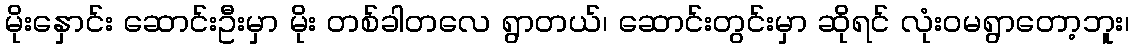
မိုးနှောင်း ဆောင်းဦးမှာ မိုး တစ်ခါတလေ ရွာတယ်၊ ဆောင်းတွင်းမှာ ဆိုရင် လုံးဝမရွာတော့ဘူး၊